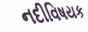
નદીવિષયક